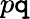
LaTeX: p\mathtt{q}